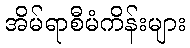
အိမ်ရာစီမံကိန်းများ